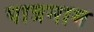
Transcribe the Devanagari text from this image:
पात्रनाम